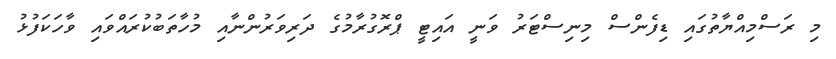
މި ރަސްމިއްޔާތުގައި ޑިފެންސް މިނިސްޓަރު ވަނީ އައިޓީ ޕްރޮގުރާމުގެ ދަރިވަރުންނާއި މުހާތަބުކުރައްވައި ވާހަކަފުޅު